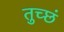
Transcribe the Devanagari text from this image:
तुच्छं